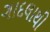
ગાદલાથી